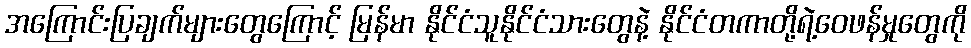
အကြောင်းပြချက်များတွေကြောင့် မြန်မာ နိုင်ငံသူနိုင်ငံသားတွေနဲ့ နိုင်ငံတကာတို့ရဲ့ဝေဖန်မှုတွေကို